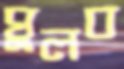
ঘুলব